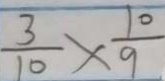
\frac { 3 } { 1 0 } \times \frac { 1 0 } { 9 }